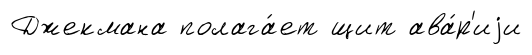
Джекмана полага́ет щит ава́р'иjи